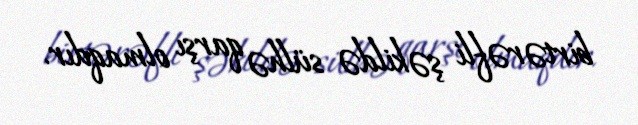
birtərəfli şəkildə sülhə qarşı olmaqdır.